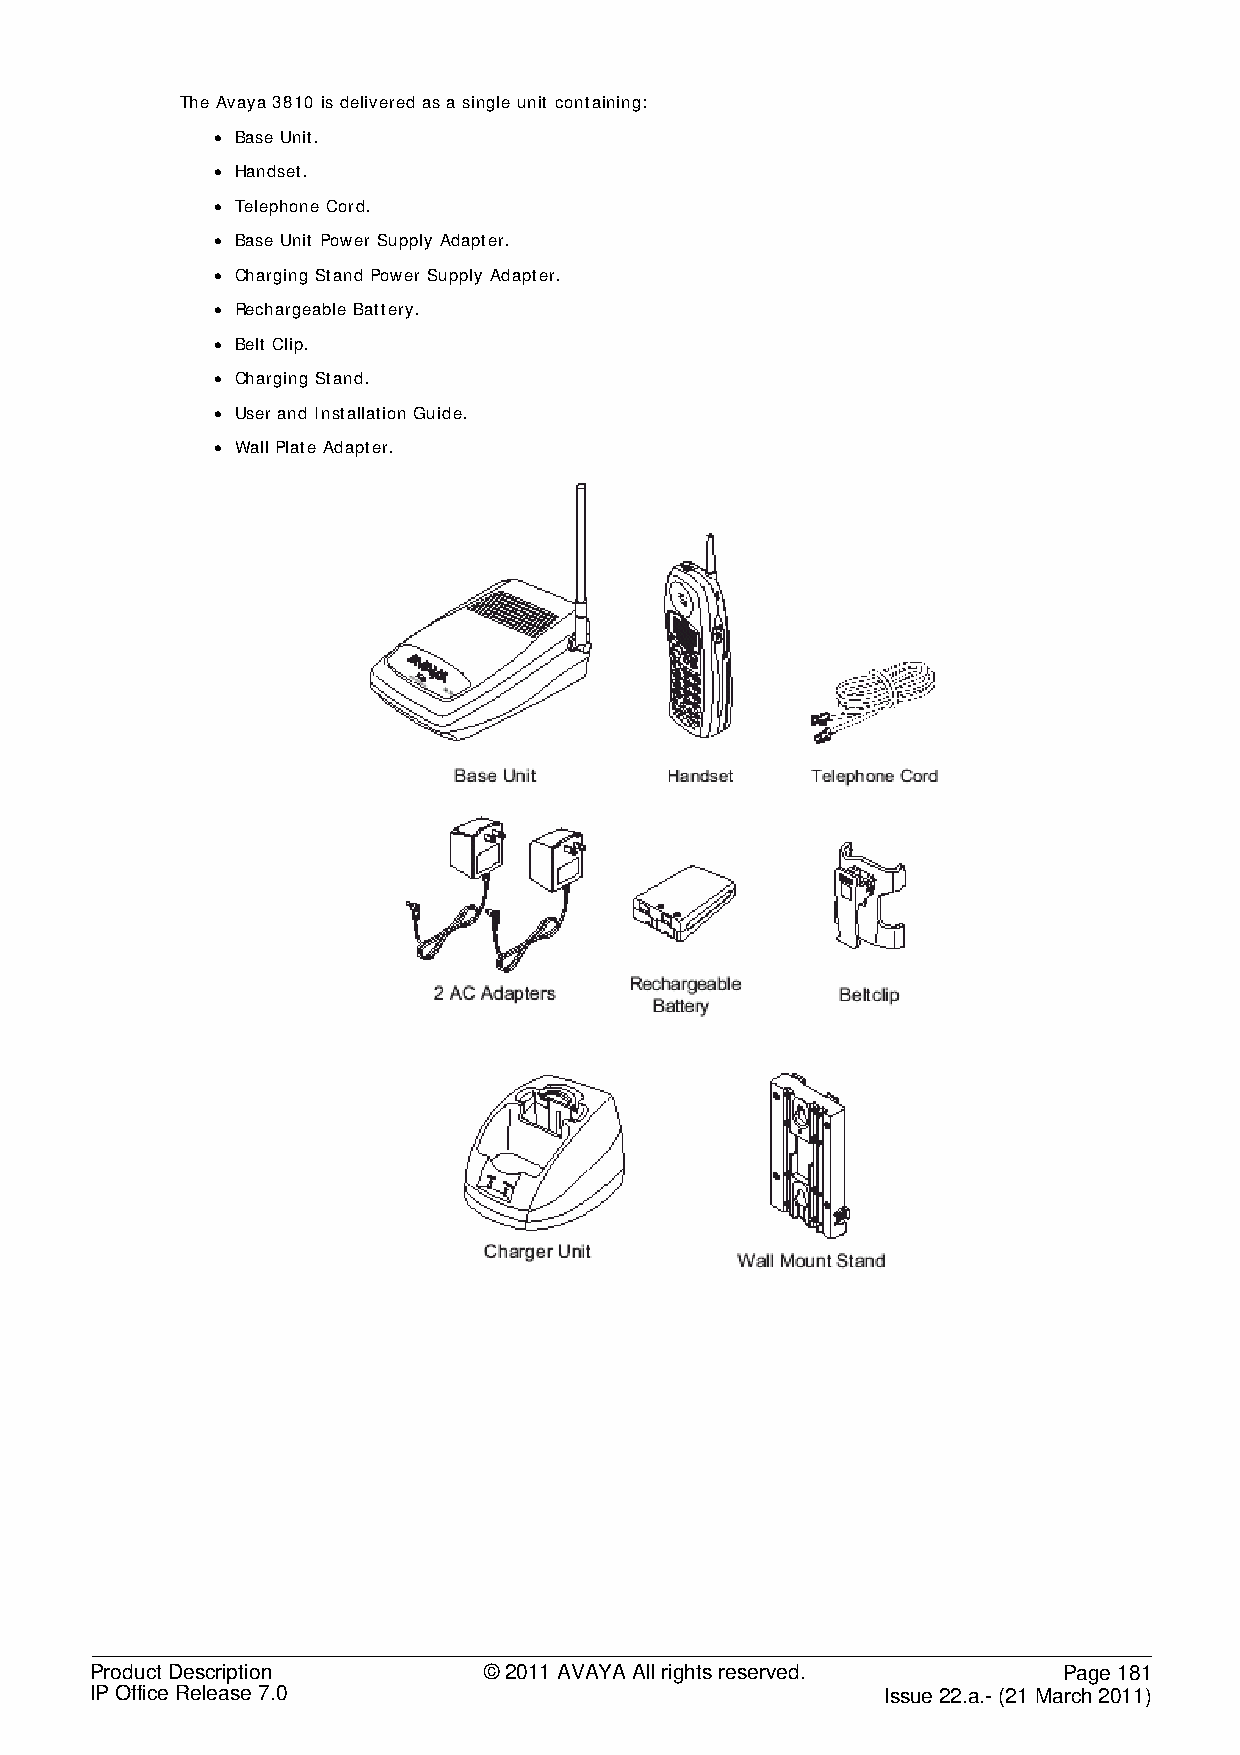
The Avaya 3810 is delivered as a single unit containing:
 • Base Unit.
 • Handset.
 • Telephone Cord.
 • Base Unit Power Supply Adapter.
 • Charging Stand Power Supply Adapter.
 • Rechargeable Battery.
 • Belt Clip.
 • Charging Stand.
 • User and Installation Guide.
 • Wall Plate Adapter.
 Product Description       © 2011 AVAYA All rights reserved.     Page 181
 IP Office Release 7.0                                Issue 22.a.- (21 March 2011)